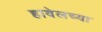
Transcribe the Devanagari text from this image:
हावेलच्या